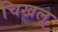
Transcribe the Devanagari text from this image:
चिखलू